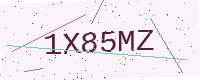
Text: 1X85MZ